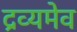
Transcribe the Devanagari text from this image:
द्रव्यमेव